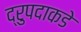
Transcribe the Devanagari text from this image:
द्रुपदाकडे